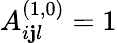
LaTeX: A_{i\mathbf{j}l}^{(1,0)}=1